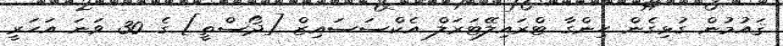
ޤައުމުން ގުޅިގެން ހިންގާ ޓްރައިލޭޓަރަލް އެކްސަސައިޒް [ދޯސްތީ] ގެ 30 ވަނަ އަހަރީ